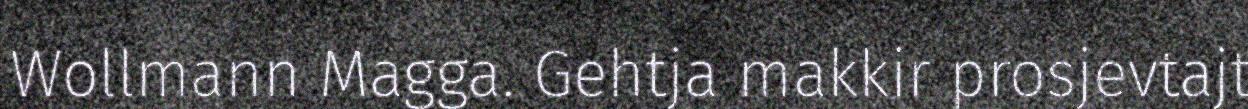
Wollmann Magga. Gehtja makkir prosjevtajt